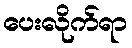
ပေးလိုက်ရာ